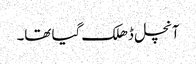
آنچل ڈھلک گیا تھا۔